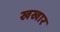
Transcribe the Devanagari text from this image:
खखार